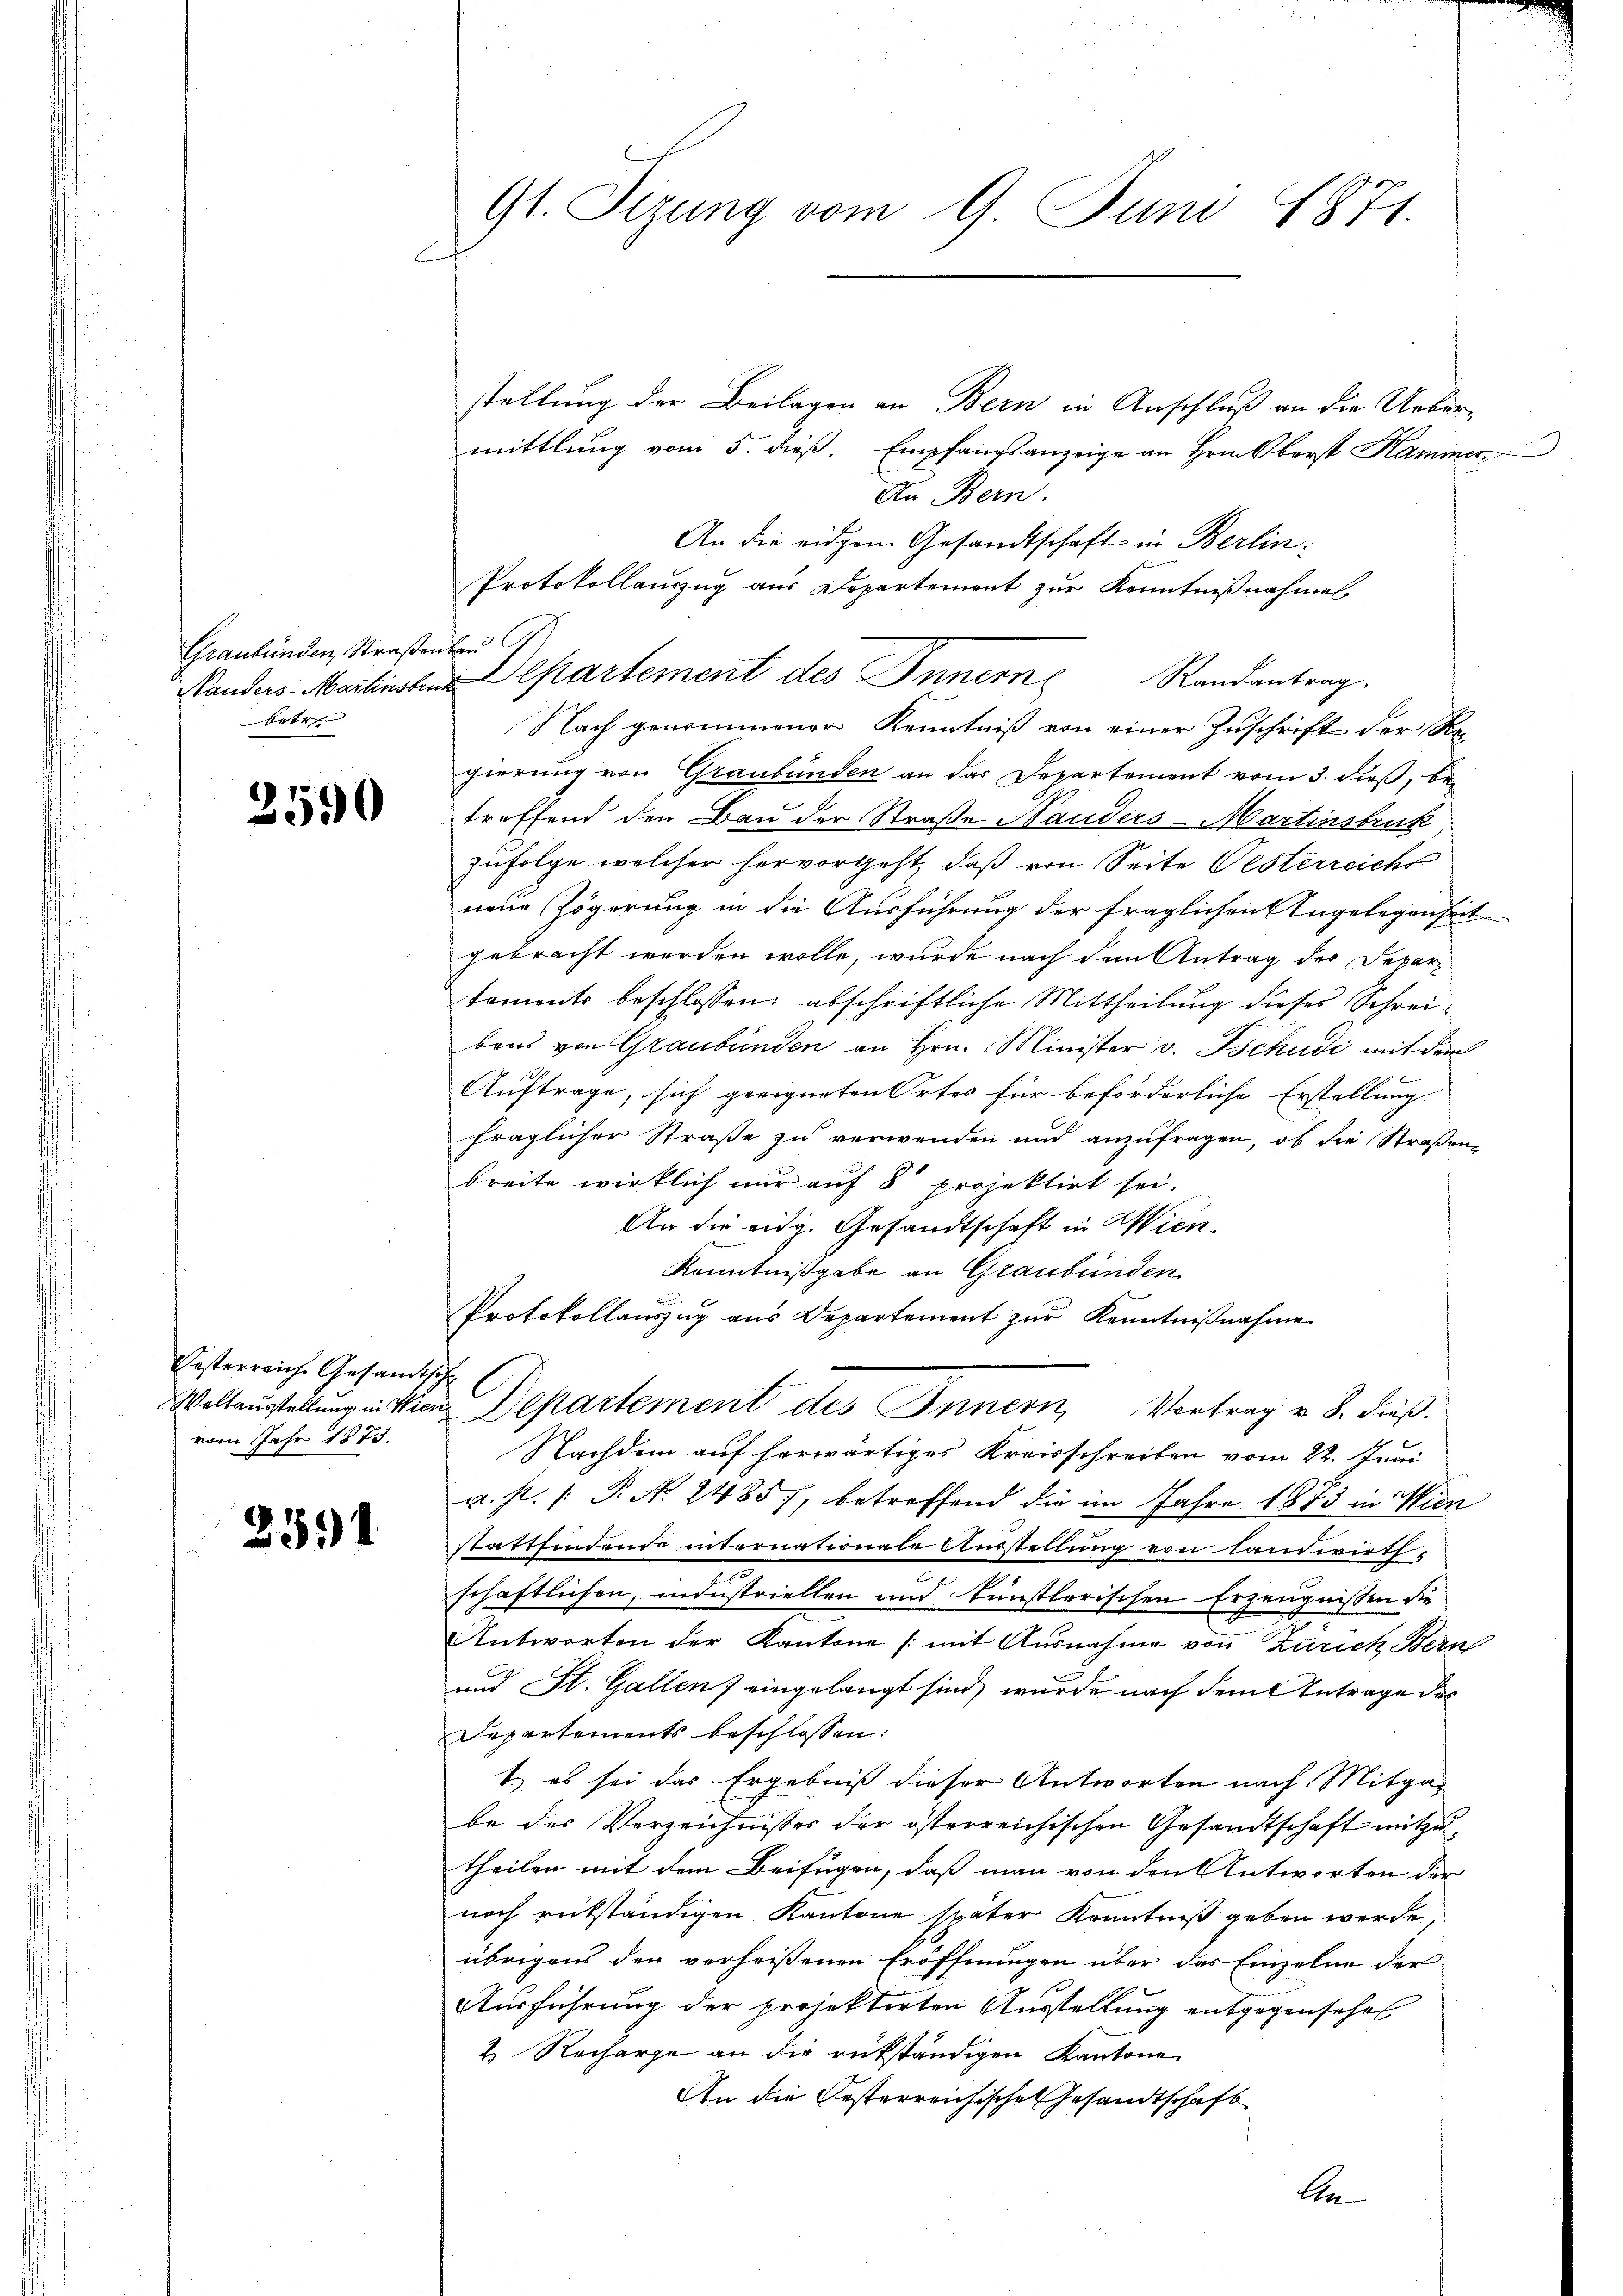
Graubünden, Straßenbar
Kanders-Martinsten
betr

2590

Oesterreiche Gesandts
vom Jahr 1873.

231.

Gl. Tizung vom 9. Juni 1871.
1

stellung der Beilagen an Bern in Anschluß an die Uebermittlung vom 5. dieß. Empfangsanzeige an Hrn. Oberst Kammer
An Bern.
An die eidgen. Gesandtschaft in Berlin¬
Protokollauszug aus Departement zur Kenntnißnahmen
 Departement des Innern
Randantrag.
Nach genommener Kenntniß von einer Zuschrift der Re
gierung von Graubünden an das Departement vom 3. dieß, be-
treffend den Bau der Straße Handers-Martinstruk
zufolge welcher hervorgeht, daß von Seite Oesterreichs
neue Zögerung in die Ausführung der fraglichen Angelegenheit
gebracht werden wolle, wurde nach dem Antrag des Departoments beschlossen, abschriftliche Mittheilung dieses Schreibens von Graubünden an Hrn. Minister v. Tschudi mit dem

Auftrage, sich geeigneten Ortes für beförderliche Erstellung.
fraglicher Straße zu verwenden und anzufragen, ob die Straßenbreite wirklich nur auf 8 projektirt sei.
An die eidg. Gesandtschaft in Wien.
Kenntnißgabe an Graubünden
Protokollauszug aus Departement zur Kenntniβnahme
t
C
Weltausstellung in Wien Departement des Innern, Vortrag u. 8. dieβ.
Nachdem auf herwärtiges Kreisschreiben vom 22. Juni
a. p. P. N. 2485), betreffend die im Jahre 1873 in Wien
stattfindende internationale Ausstellung von Landwirth,
schaftlichen, industriellen und künstlerischen Erzeugnissen die
Antworten der Kantone (mit Ausnahme von Zürich Bern
und St. Gallen 7 eingelangt sind, wurde nach dem Antrage des
Departements beschlossen:
1.) es sei das Ergebniß dieser Antworten nach Mitga-
be der Verzeichnisses der österreichischen Gesandtschaft mitzu
theilen mit dem Beifügen, daß man von den Antworten der
noch rükständigen Kantone später Kenntniß geben werde,
übrigens den verheißenen Eröffnungen über das Einzelne der
Ausführung der projektirten Ausstellung entgegensehen
2 Recharge an die rükständigen Kantone
An die Oesterreichischen Gesandtschaft

ln

t

.